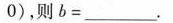
0)，则$$b = ___$$。